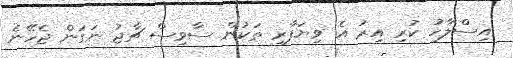
އިސްލާހު ކުރި އިރު އެ ވިޔަފާރި ތަކުން ސާވިސް ޗާޖު ނަގަން ޖެހޭނެ